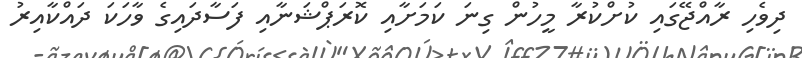
ދިވެހި ރާއްޖޭގައި ކުށްކުރާ މީހުން ގިނަ ކަމަށާއި ކޮރަޕްޝަނާއި ފަސާދައިގެ ވާހަކަ ދައްކާއިރު